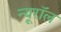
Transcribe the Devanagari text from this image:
न्यूरॉल